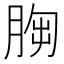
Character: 𦛴